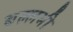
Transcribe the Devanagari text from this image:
बल्‍लभी